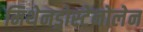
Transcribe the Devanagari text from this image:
मिथेनड्रोस्टेनोलेन